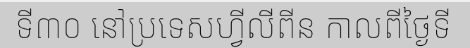
ទី៣០ នៅប្រទេសហ្វីលីពីន កាលពីថ្ងៃទី